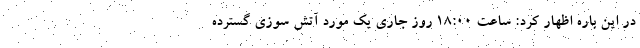
در این باره اظهار کرد: ساعت ١٨:٠٠ روز جاری یک مورد آتش سوزی گسترده